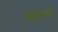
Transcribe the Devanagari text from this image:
भद्दसाल।